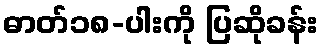
ဓာတ်၁၈-ပါးကို ပြဆိုခန်း